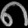
Digit: ၈